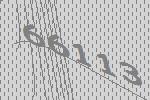
66113